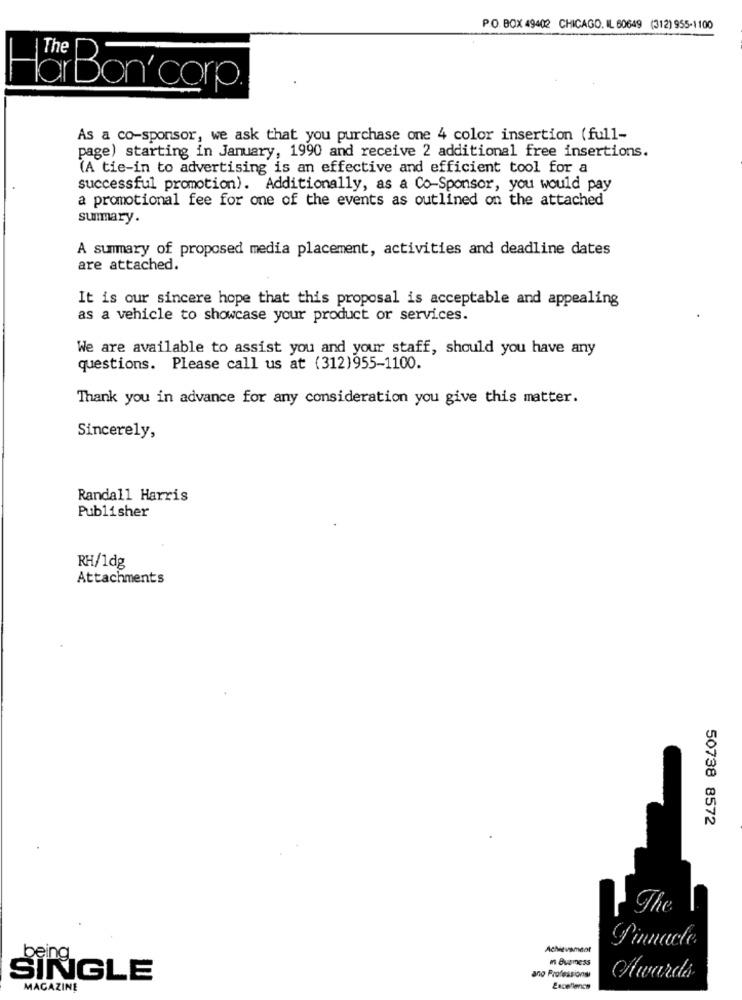
P.O. BOX 49402 CHICAGO. IL 60649 (312) 955-1100
lor Bon corp
As a co-sponsor, we ask that you purchase one 4 color insertion (full-
page) starting in January, 1990 and receive 2 additional free insertions.
(A tie-in to advertising is an effective and efficient tool for a
successful promotion). Additionally, as a Co-Sponsor, you would pay
a promotional fee for one of the events as outlined on the attached
summary.
A summary of proposed media placement, activities and deadline dates
are attached.
It is our sincere hope that this proposal is acceptable and appealing
as a vehicle to showcase your product or services.
We are available to assist you and your staff, should you have any
questions. Please call us at (312)955-1100.
Thank you in advance for any consideration you give this matter.
Sincerely,
Randall Harris
Publisher
RH/1dg
Attachments
50738 8572
The
Achievement
Pinnacle
a Bugmess
SİNİGLE
ano Professions
Awards
MAGAZINE
Excellence